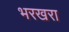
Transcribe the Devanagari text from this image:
भरखरा